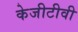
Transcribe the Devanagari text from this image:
केजीटीवी